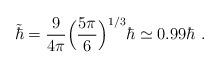
LaTeX: \begin{align*}\tilde\hbar={9\over 4\pi}\Big({5\pi\over 6}\Big)^{1/3}\hbar\simeq0.99\hbar\ .\end{align*}